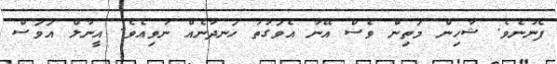
ފެނުނެވެ. ޝާހިން މަތިން ވެސް އޭނާ އެވަގުތު ހަނދާނެއް ނުވިއެވެ. އީނާލް އަވަސް